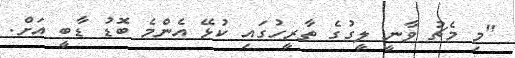
"މި މެޗު ވާނީ ލީގުގެ ތާރީހުގައި ކުޅޭ އެންމެ ބޮޑު ޑާބީ އަށް.